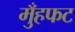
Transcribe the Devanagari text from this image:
मुँहफट